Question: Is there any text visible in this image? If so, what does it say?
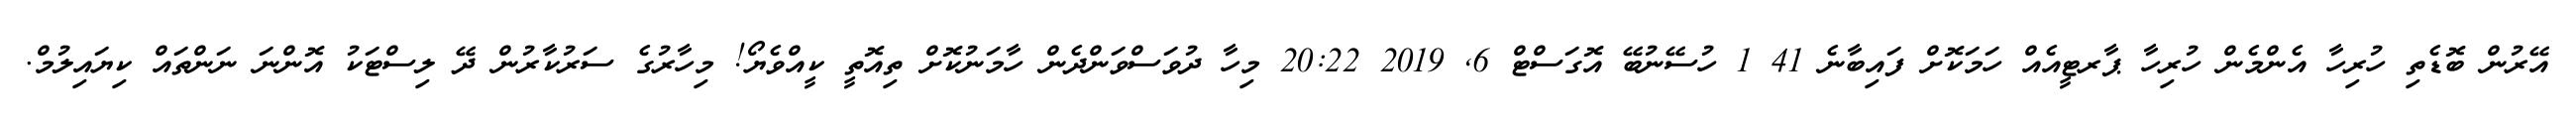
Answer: އޭރުން ބޮޑެތި ހުރިހާ އެންމެން ހުރިހާ ޕާރޓީއެއް ހަމަކޮށް ފައިބާނެ 41 1 ހުސޭނުބޭ އޮގަސްޓް 6, 2019 20:22 މިހާ ދުވަސްވަންދެން ހާމަނުކޮށް ތިއޮތީ ކީއްވެޔޯ! މިހާރުގެ ސަރުކާރުން ދޭ ލިސްޓަކު އޮންނަ ނަންތައް ކިޔައިލުމް.